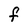
Character: F